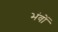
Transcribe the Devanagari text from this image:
भंवों